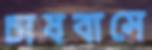
চাষবাসে